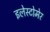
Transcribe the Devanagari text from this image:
इलेस्टोमेर